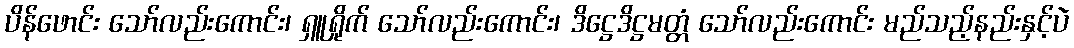
ပိန်ဖောင်း သော်လည်းကောင်း၊ ရှူရှိုက် သော်လည်းကောင်း၊ ဒိဋ္ဌေဒိဋ္ဌမတ္တံ သော်လည်းကောင်း မည်သည့်နည်းနှင့်ပဲ